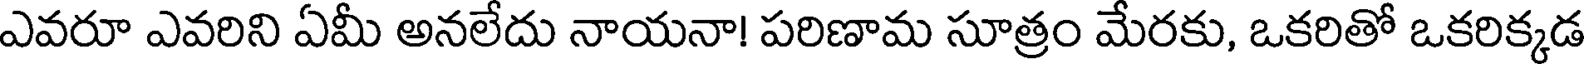
ఎవరూ ఎవరిని ఏమీ అనలేదు నాయనా! పరిణామ సూత్రం మేరకు, ఒకరితో ఒకరిక్కడ